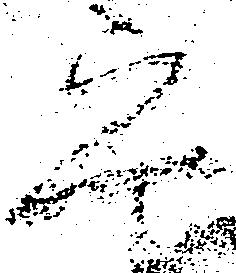
畢